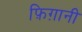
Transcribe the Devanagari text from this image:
फ़िग़ानी